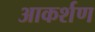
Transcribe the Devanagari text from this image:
आकर्शण